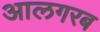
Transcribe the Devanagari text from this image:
आलगरब